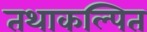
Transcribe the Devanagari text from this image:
तथाकल्पित